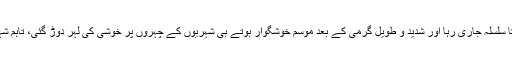
نجی ٹی وی کے مطابق کراچی کے مختلف علاقوں میں تیز ہواؤں کے ساتھ بارش کا سلسلہ جاری رہا اور شدید و طویل گرمی کے بعد موسم خوشگوار ہوتے ہی شہریوں کے چہروں پر خوشی کی لہر دوڑ گئی، تاہم شہر میں بارش شروع ہوتے ہی متعدد علاقوں میں بجلی کی فراہمی بھی معطل ہوگئی۔